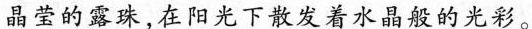
晶莹的露珠，在阳光下散发着水晶般的光彩。